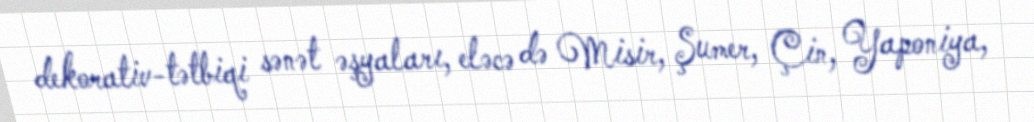
dekorativ-tətbiqi sənət əşyaları, eləcə də Misir, Şumer, Çin, Yaponiya,